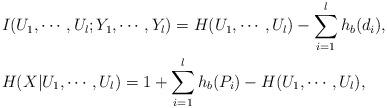
LaTeX: \begin{align*}&I({U}_1,\cdots,{U}_l;{Y}_1,\cdots,{Y}_l) = H(U_1,\cdots,U_l)-\sum_{i=1}^l h_b(d_i), \\ &H({X}|{U}_1,\cdots,{U}_l) =1+\sum_{i=1}^l h_b(P_i)-H(U_1,\cdots,U_l),\end{align*}